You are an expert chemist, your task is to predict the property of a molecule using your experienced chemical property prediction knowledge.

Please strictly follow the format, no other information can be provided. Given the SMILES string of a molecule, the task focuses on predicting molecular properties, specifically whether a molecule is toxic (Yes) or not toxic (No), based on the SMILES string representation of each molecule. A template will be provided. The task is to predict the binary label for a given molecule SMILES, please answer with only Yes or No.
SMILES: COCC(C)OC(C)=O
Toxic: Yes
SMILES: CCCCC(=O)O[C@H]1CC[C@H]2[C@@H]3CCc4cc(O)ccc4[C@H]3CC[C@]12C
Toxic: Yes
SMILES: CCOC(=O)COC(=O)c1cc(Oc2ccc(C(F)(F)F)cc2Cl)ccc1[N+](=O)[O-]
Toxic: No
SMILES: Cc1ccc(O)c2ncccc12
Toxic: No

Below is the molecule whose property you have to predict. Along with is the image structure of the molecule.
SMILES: CC(C)Oc1cccc(NC(=O)c2ccccc2C(F)(F)F)c1
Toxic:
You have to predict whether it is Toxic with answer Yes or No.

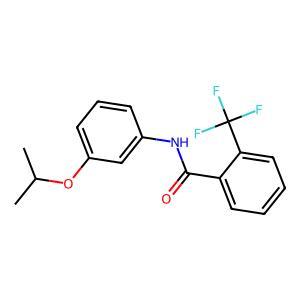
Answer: No